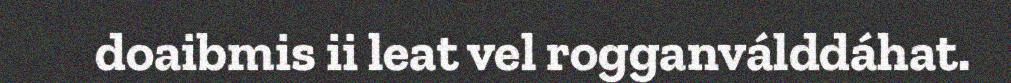
doaibmis ii leat vel rogganválddáhat.